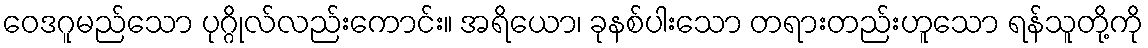
ဝေဒဂူမည်သော ပုဂ္ဂိုလ်လည်းကောင်း။ အရိယော၊ ခုနစ်ပါးသော တရားတည်းဟူသော ရန်သူတို့ကို